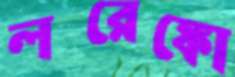
লরেঙ্কো